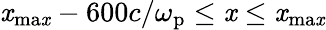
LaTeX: \mathit{x}_{\mathrm{{ma\mathit{x}}}}-600c/\omega_{\mathrm{{p}}}\leq\mathit{x}\leq\mathit{x}_{\mathrm{{ma\mathit{x}}}}